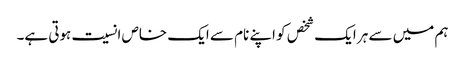
ہم میں سے ہر ایک شخص کو اپنے نام سے ایک خاص انسیت ہوتی ہے۔